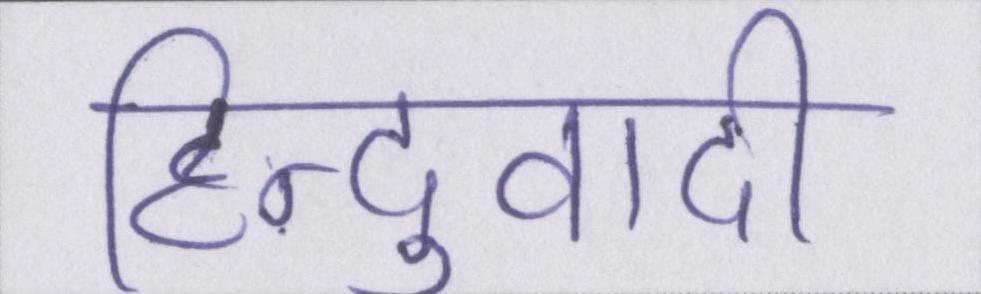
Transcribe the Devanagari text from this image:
हिन्दुवादी